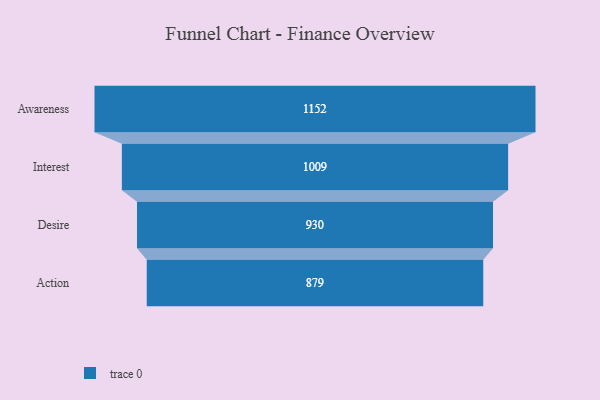
{"axis": {"x": "Stage", "y": "Value"}, "legend": [""], "data": [{"x": "Awareness", "y": 1152.0, "type": ""}, {"x": "Interest", "y": 1009.0, "type": ""}, {"x": "Desire", "y": 930.0, "type": ""}, {"x": "Action", "y": 879.0, "type": ""}]}